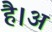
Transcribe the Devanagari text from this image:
है।अ